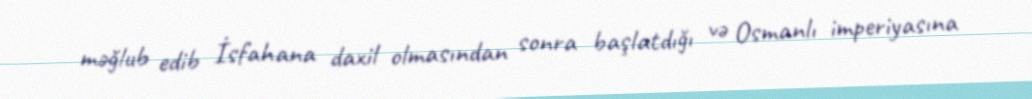
məğlub edib İsfahana daxil olmasından sonra başlatdığı və Osmanlı imperiyasına